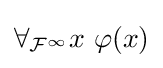
\forall _{{\mathcal {F}}^{\infty }}x\ \varphi (x)